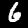
Digit: 6